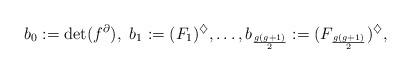
LaTeX: \begin{align*} b_0:=\det(f^{\partial}),\ b_1:=(F_1)^{\diamondsuit},\ldots,b_{\frac{g(g+1)}{2}}:=(F_{\frac{g(g+1)}{2}})^{\diamondsuit},\end{align*}